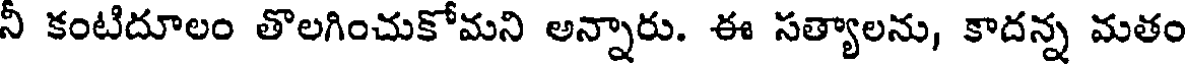
నీ కంటిదూలం తొలగించుకోమని అన్నారు. ఈ సత్యాలను, కాదన్న మతం